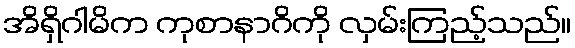
အိရှိဂါမိက ကုစာနာဂိကို လှမ်းကြည့်သည်။